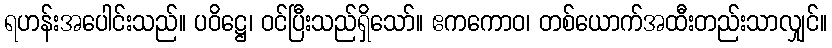
ရဟန်းအပေါင်းသည်။ ပဝိဋ္ဌေ၊ ဝင်ပြီးသည်ရှိသော်။ ဧကကောဝ၊ တစ်ယောက်အထီးတည်းသာလျှင်။